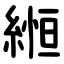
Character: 縆